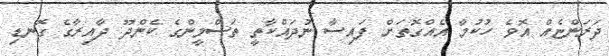
ދަރަންޏެއް އޮވެ ހުކުމާ އެއްގޮތަށް ފައިސާ ނުދައްކާތީ ތަސްމީންގެ ކެންދޫ ދާއިރާގެ ގޮނޑި